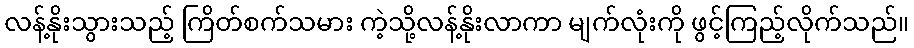
လန့်နိုးသွားသည့် ကြိတ်စက်သမား ကဲ့သို့လန့်နိုးလာကာ မျက်လုံးကို ဖွင့်ကြည့်လိုက်သည်။